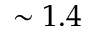
\sim 1 . 4